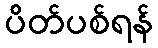
ပိတ်ပစ်ရန်